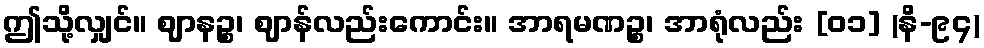
ဤသို့လျှင်။ ဈာနဉ္စ၊ ဈာန်လည်းကောင်း။ အာရမဏဉ္စ၊ အာရုံလည်း [၀၁] (နိ-၉၄)